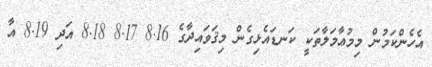
އެހެންކަމުން މިމުޢާމަލާތަކީ ކަނޑައެޅިގެން މިޤަވައިދާގެ 8.16 8.17 8.18 އަދި 8.19 އާ